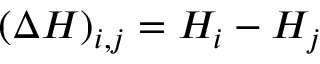
( \Delta H ) _ { i , j } = H _ { i } - H _ { j }